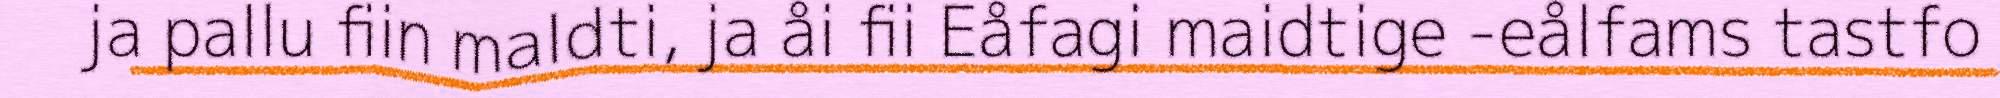
ja pallu fiin maldti, ja åi fii Eåfagi maidtige -eålfams tastfo